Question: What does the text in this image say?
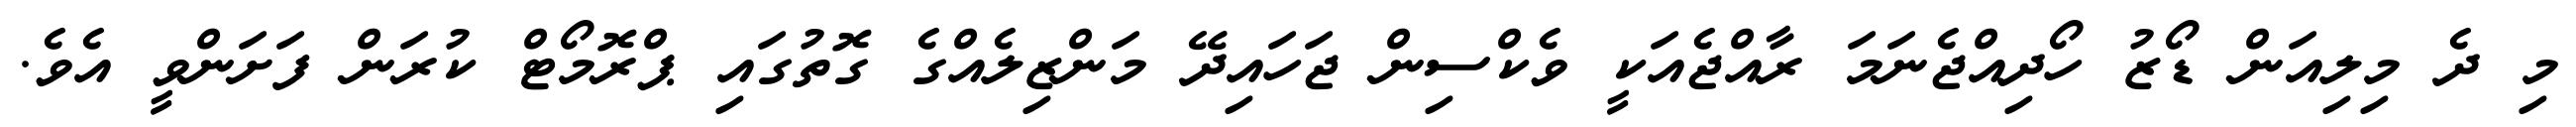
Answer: މި ދެ މިލިއަން ޑޯޒު ހޯދިއްޖެނަމަ ރާއްޖެއަކީ ވެކްސިން ޖަހައިދޭ މަންޒިލެއްގެ ގޮތުގައި ޕްރޮމޯޓް ކުރަން ފަށަންވީ އެވެ.